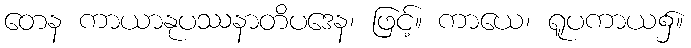
တေန ကာယာနုပဿနာတိပဒေန၊ ဖြင့်။ ကာယေ၊ ရူပကာယ၌။